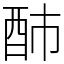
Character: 䣪